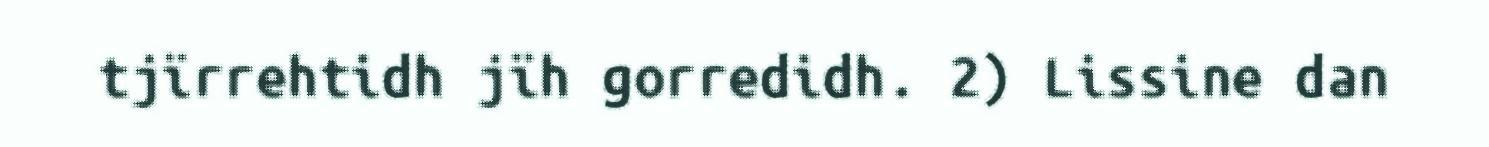
tjïrrehtidh jïh gorredidh. 2) Lissine dan